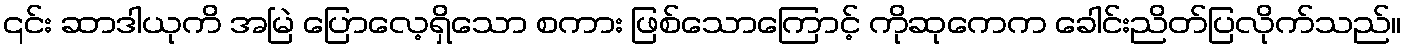
၎င်း ဆာဒါယုကိ အမြဲ ပြောလေ့ရှိသော စကား ဖြစ်သောကြောင့် ကိုဆုကေက ခေါင်းညိတ်ပြလိုက်သည်။